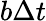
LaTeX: b\Delta t